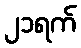
၂၁ရက်